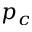
p _ { c }